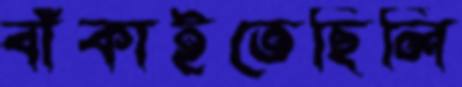
বাঁকাইতেছিলি